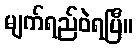
မျက်ရည်ဝဲရပြီ။